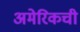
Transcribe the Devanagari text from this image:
अमेरिकची